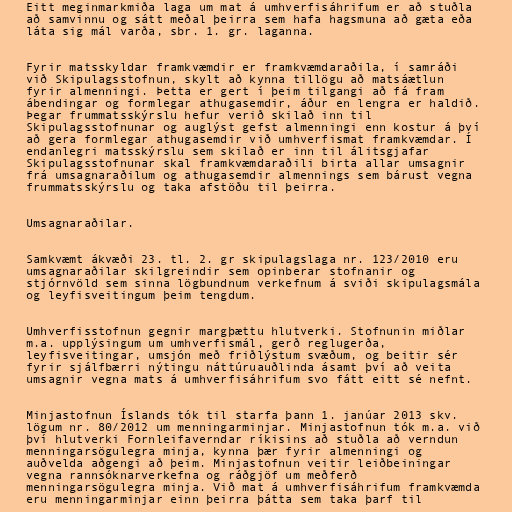
Eitt meginmarkmiða laga um mat á umhverfisáhrifum er að stuðla
að samvinnu og sátt meðal þeirra sem hafa hagsmuna að gæta eða
láta sig mál varða, sbr. 1. gr. laganna.

Fyrir matsskyldar framkvæmdir er framkvæmdaraðila, í samráði
við Skipulagsstofnun, skylt að kynna tillögu að matsáætlun
fyrir almenningi. Þetta er gert í þeim tilgangi að fá fram
ábendingar og formlegar athugasemdir, áður en lengra er haldið.
Þegar frummatsskýrslu hefur verið skilað inn til
Skipulagsstofnunar og auglýst gefst almenningi enn kostur á því
að gera formlegar athugasemdir við umhverfismat framkvæmdar. Í
endanlegri matsskýrslu sem skilað er inn til álitsgjafar
Skipulagsstofnunar skal framkvæmdaraðili birta allar umsagnir
frá umsagnaraðilum og athugasemdir almennings sem bárust vegna
frummatsskýrslu og taka afstöðu til þeirra.

Umsagnaraðilar.

Samkvæmt ákvæði 23. tl. 2. gr skipulagslaga nr. 123/2010 eru
umsagnaraðilar skilgreindir sem opinberar stofnanir og
stjórnvöld sem sinna lögbundnum verkefnum á sviði skipulagsmála
og leyfisveitingum þeim tengdum.

Umhverfisstofnun gegnir margþættu hlutverki. Stofnunin miðlar
m.a. upplýsingum um umhverfismál, gerð reglugerða,
leyfisveitingar, umsjón með friðlýstum svæðum, og beitir sér
fyrir sjálfbærri nýtingu náttúruauðlinda ásamt því að veita
umsagnir vegna mats á umhverfisáhrifum svo fátt eitt sé nefnt.

Minjastofnun Íslands tók til starfa þann 1. janúar 2013 skv.
lögum nr. 80/2012 um menningarminjar. Minjastofnun tók m.a. við
því hlutverki Fornleifaverndar ríkisins að stuðla að verndun
menningarsögulegra minja, kynna þær fyrir almenningi og
auðvelda aðgengi að þeim. Minjastofnun veitir leiðbeiningar
vegna rannsóknarverkefna og ráðgjöf um meðferð
menningarsögulegra minja. Við mat á umhverfisáhrifum framkvæmda
eru menningarminjar einn þeirra þátta sem taka þarf til